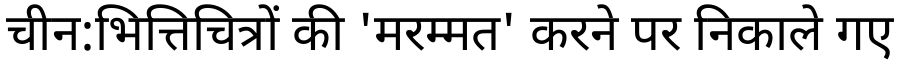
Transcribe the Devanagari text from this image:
चीन:भित्तिचित्रों की 'मरम्मत' करने पर निकाले गए